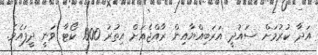
އަދާ ކުރުމަށް ސައުދީ އަރަބިއްޔާއިން ރާއްޖެއަށް އިތުރު 1000 ކޯޓާ ވަނީ ދީފައެވެ.